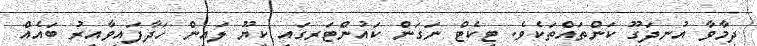
ދިމާވާ އުނދަގޫ ކަންތައްތަކެވެ. ޓިކެޓް ނަގަން ކައުންޓަރގައި ކިޔޫ ލައިން ހަދާފައިވާއިރު ބައެއް